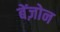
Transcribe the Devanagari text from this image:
बेंज़ोन